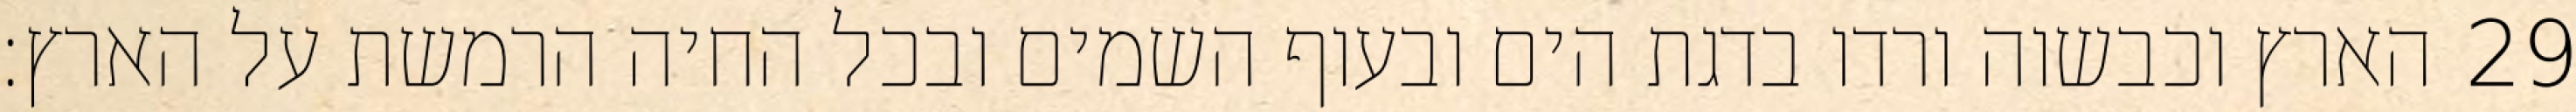
הארץ וכבשוה ורדו בדגת הים ובעוף השמים ובכל החיה הרמשת על הארץ׃ ‎29‏